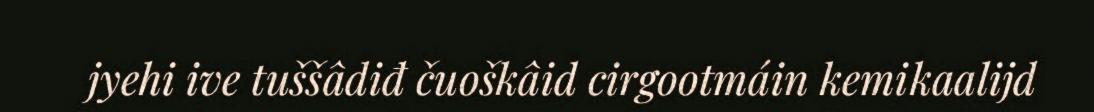
jyehi ive tuššâdiđ čuoškâid cirgootmáin kemikaalijd